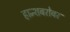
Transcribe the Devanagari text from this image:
हान्शबरोबर